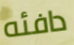
دافئه